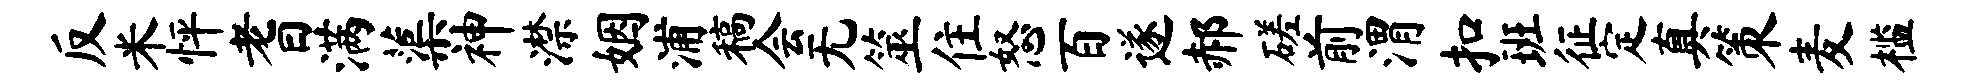
反米怦耆满蕖神潸姻浦稿会无筮住怒百遂郝磋前渭扣班征定真策麦槛